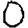
Digit: 0